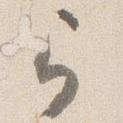
弓